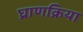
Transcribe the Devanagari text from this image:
घ्राणक्रिया